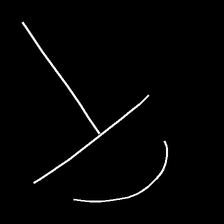
Glyph: dispersion